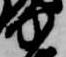
中